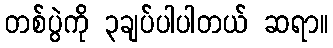
တစ်ပွဲကို ၃ချပ်ပါပါတယ် ဆရာ။